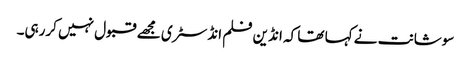
سوشانت نے کہا تھا کہ انڈین فلم انڈسٹری مجھے قبول نہیں کررہی۔